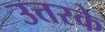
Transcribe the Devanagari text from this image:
उत्तरके